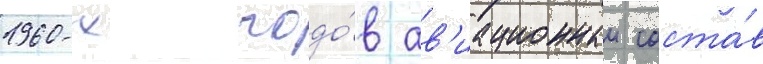
1960-х годо́в ав'иационныи соста́в